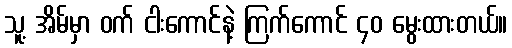
သူ့ အိမ်မှာ ဝက် ငါးကောင်နဲ့ ကြက်ကောင် ၄၀ မွေးထားတယ်။